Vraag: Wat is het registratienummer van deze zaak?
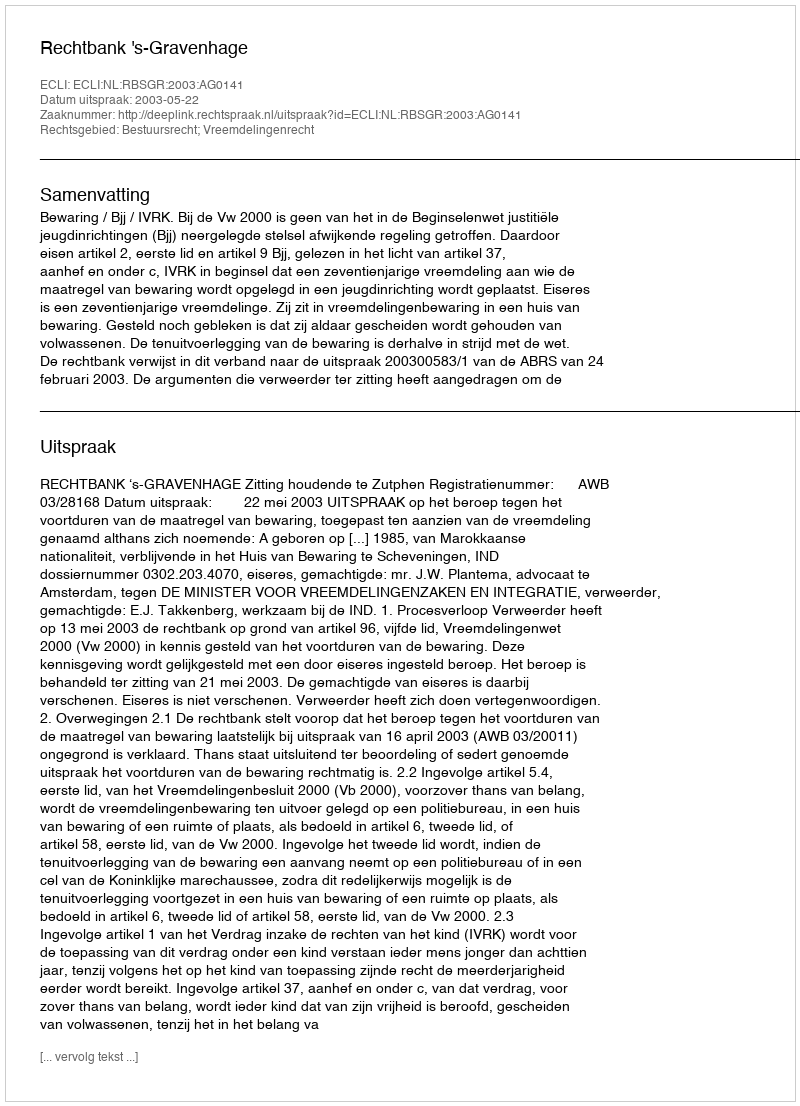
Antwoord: http://deeplink.rechtspraak.nl/uitspraak?id=ECLI:NL:RBSGR:2003:AG0141